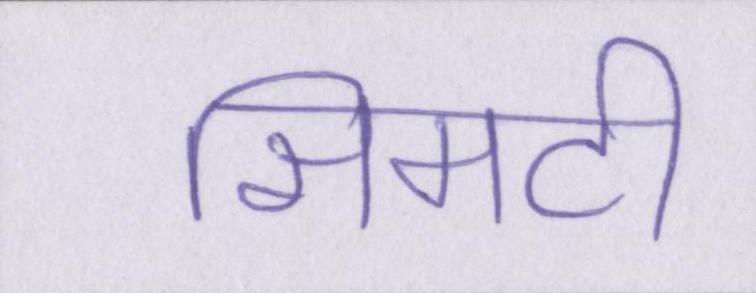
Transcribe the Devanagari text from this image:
सिमटी